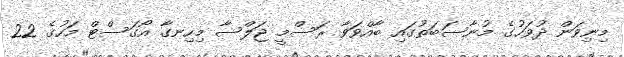
މިނިވަން ދުވަހުގެ މުނާސަބަތުގައި ބާއްވަވާ ރަސްމީ ޖަލްސާ މިހިނގާ އޯގަސްޓް މަހުގެ 22